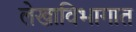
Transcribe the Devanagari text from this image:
लेखाविभागात